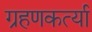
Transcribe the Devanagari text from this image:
ग्रहणकर्त्या